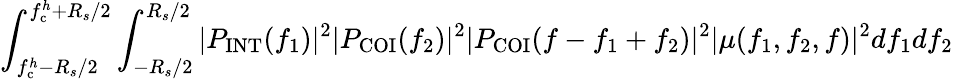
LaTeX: \int_{f_{\mathrm{c}}^{h}-R_{s}/2}^{f_{\mathrm{c}}^{h}+R_{s}/2}\int_{-R_{s}/2}^{R_{s}/2}|P_{\mathrm{INT}}(f_{1})|^{2}|P_{\mathrm{COI}}(f_{2})|^{2}|P_{\mathrm{COI}}(f-f_{1}+f_{2})|^{2}|\mu(f_{1},f_{2},f)|^{2}df_{1}df_{2}